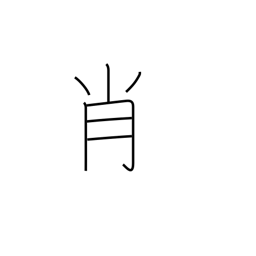
Meaning: resemblance